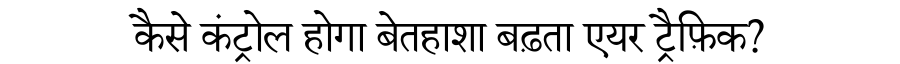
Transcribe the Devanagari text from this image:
कैसे कंट्रोल होगा बेतहाशा बढ़ता एयर ट्रैफ़िक?